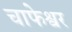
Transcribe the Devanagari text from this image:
चाफेश्वर